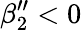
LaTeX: \beta_{2}^{\prime\prime}<0